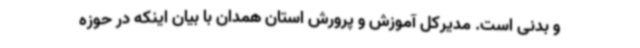
و بدنی است. مدیرکل آموزش و پرورش استان همدان با بیان اینکه در حوزه